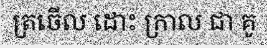
ត្រចើល ដោះ ក្រាល ជា គូ